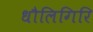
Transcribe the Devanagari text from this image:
धौलिगिरि